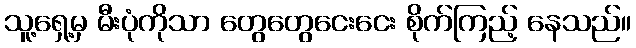
သူ့ရှေ့မှ မီးပုံကိုသာ တွေတွေငေးငေး စိုက်ကြည့် နေသည်။